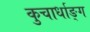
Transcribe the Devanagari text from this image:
कुचार्धाङ्ग